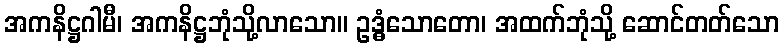
အကနိဋ္ဌဂါမီ၊ အကနိဋ္ဌဘုံသို့လာသော။ ဥဒ္ဓံသောတော၊ အထက်ဘုံသို့ ဆောင်တတ်သော